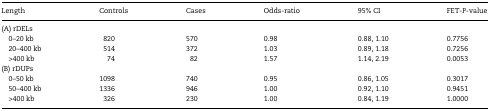
<table><thead><tr><td><b>Length</b></td><td><b>Controls</b></td><td><b>Cases</b></td><td><b>Odds-ratio</b></td><td><b>95% CI</b></td><td><b>FET-<i>P</i>-value</b></td></tr></thead><tbody><tr><td colspan="6">(A) rDELs</td></tr><tr><td> 0–20 kb</td><td>820</td><td>570</td><td>0.98</td><td>0.88, 1.10</td><td>0.7756</td></tr><tr><td> 20–400 kb</td><td>514</td><td>372</td><td>1.03</td><td>0.89, 1.18</td><td>0.7256</td></tr><tr><td> &gt;400 kb</td><td>74</td><td>82</td><td>1.57</td><td>1.14, 2.19</td><td>0.0053</td></tr><tr><td colspan="6">(B) rDUPs</td></tr><tr><td> 0–50 kb</td><td>1098</td><td>740</td><td>0.95</td><td>0.86, 1.05</td><td>0.3017</td></tr><tr><td> 50–400 kb</td><td>1336</td><td>946</td><td>1.00</td><td>0.92, 1.10</td><td>0.9451</td></tr><tr><td> &gt;400 kb</td><td>326</td><td>230</td><td>1.00</td><td>0.84, 1.19</td><td>1.0000</td></tr></tbody></table>